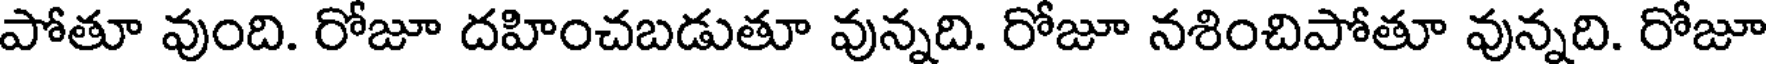
పోతూ వుంది. రోజూ దహించబడుతూ వున్నది. రోజూ నశించిపోతూ వున్నది. రోజూ